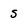
Character: 5